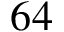
6 4